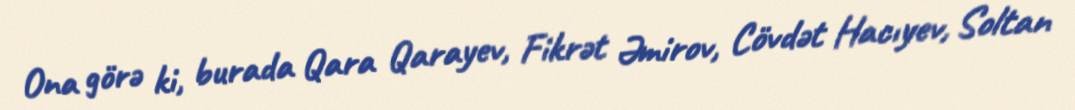
Ona görə ki, burada Qara Qarayev, Fikrət Əmirov, Cövdət Hacıyev, Soltan